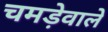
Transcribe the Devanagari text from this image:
चमड़ेवाले